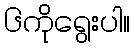
၆ကိုရွေးပါ။